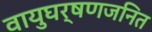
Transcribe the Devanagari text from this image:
वायुघर्षणजनित